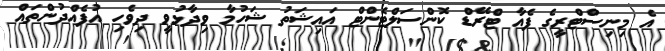
އެ މިނިސްޓްރީގެ ފެއާ ޓްރޭޑް ކޮންސަލްޓެންޓް އައިޝަތު ޝަހުމާ ވިދާޅުވީ ދިވެހި އުފެއްދުންތައް